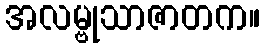
အလမ္ဗုသာဇာတက။